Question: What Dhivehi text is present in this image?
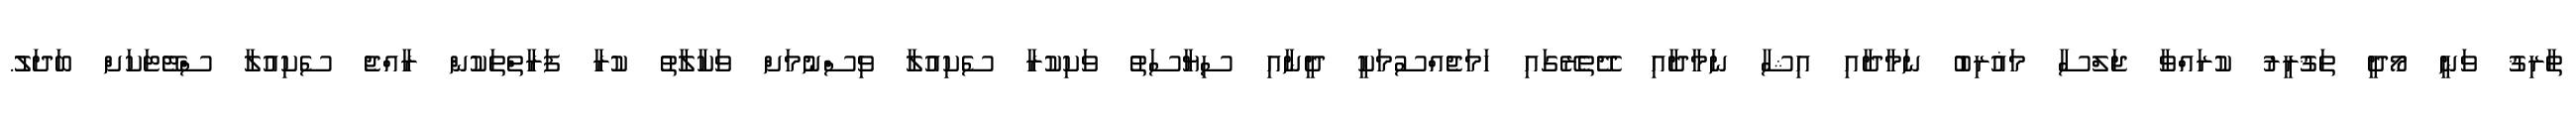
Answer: ޠާރިޤު ވަނީ މޯދީ ތަޤުރީރު ކުރައްވާ ޖަލްސާ މަޣުރިބު ނަމާދާއި އިޝާ ނަމާދާއި ދޭތެރޭގައި ހަމަޖެއްސުމަކީ ދީނާއި ސިޔާސަތު ވަކިކުރާ ސެކިއުލާ ވިސްނުމަށް ވަކާލާތު ކުރާ ފަރާތްތަކުން ރާއްޖެ ސެކިއުލާ ސްޓޭޓަކަށް ބަދަލު.